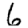
Digit: 6